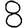
Digit: 8